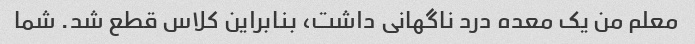
معلم من یک معده درد ناگهانی داشت، بنابراین کلاس قطع شد. شما